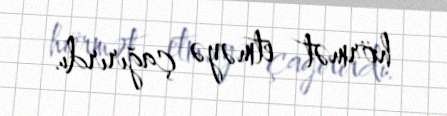
hörmət etməyə çağırırdı.